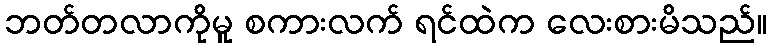
ဘတ်တလာကိုမူ စကားလက် ရင်ထဲက လေးစားမိသည်။